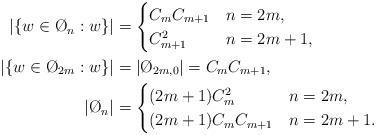
LaTeX: \begin{align*}|\{w\in \O_n: w\}|&=\begin{cases} C_m C_{m+1} & n=2m, \\C_{m+1}^2 & n=2m+1, \end{cases} \\ |\{w\in \O_{2m}: w\}|&=|\O_{2m,0}|=C_m C_{m+1}, \\|\O_n|&=\begin{cases} (2m+1)C_m^2 & n=2m, \\(2m+1)C_mC_{m+1} & n=2m+1. \end{cases} \end{align*}